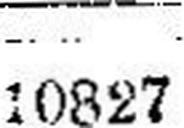
10827